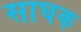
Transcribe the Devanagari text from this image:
साघक